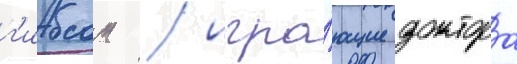
г'ибсон / игра́ющие доктора